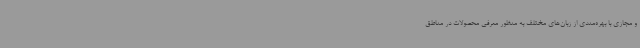
و مجازی با بهره‌مندی از زبان‌های مختلف به منظور معرفی محصولات در مناطق